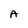
Character: A